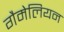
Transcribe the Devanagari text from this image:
गैमेलियन